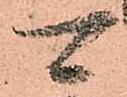
可